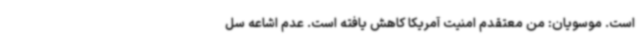
است. موسویان: من معتقدم امنیت آمریکا کاهش یافته است. عدم اشاعه سل